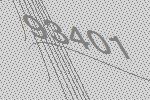
93401